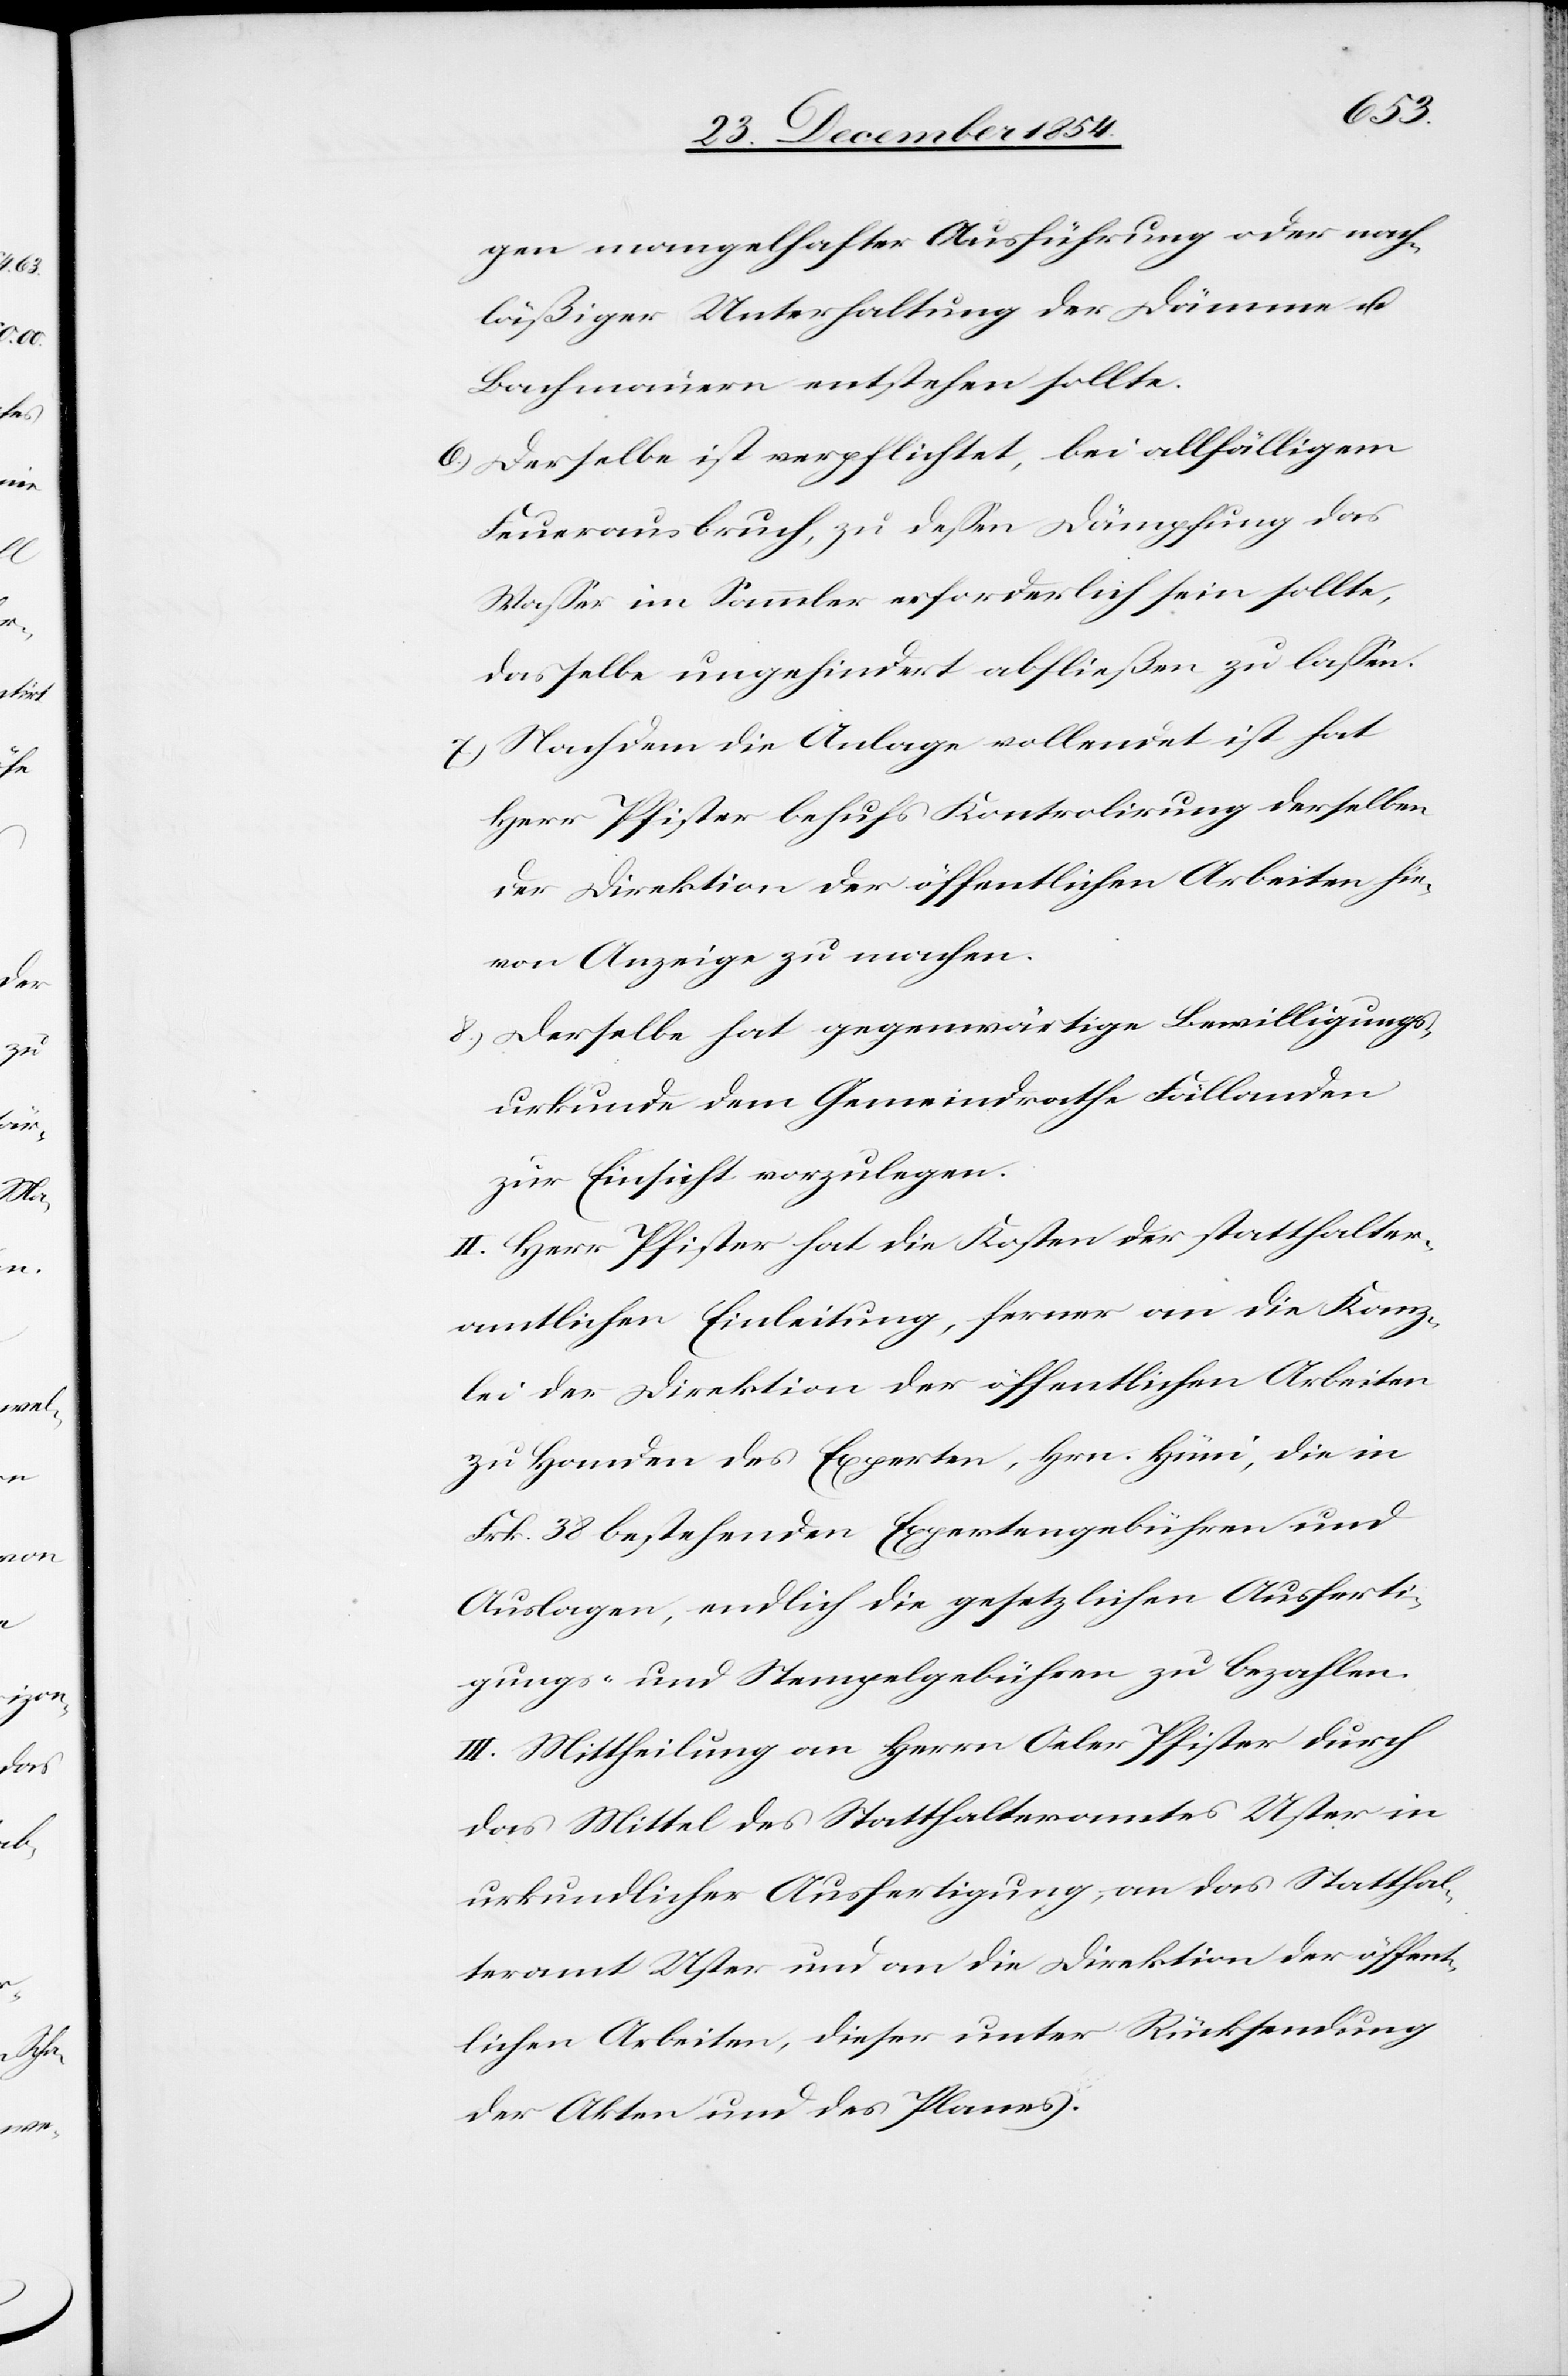
das

gen mangelhafter Ausführung oder nach¬
läßiger Unterhaltung der Dämme u.
Bachmauern entstehen sollte.
6.) Derselbe ist verpflichtet, zu deßen Dämpfung
Waßer im Sammler erforderlich sein sollte,
dasselbe ungehindert abfließen zu laßen.
7.) Nachdem die Anlage vollendet ist hat
Herr Pfister behufs Kontrolirung derselben
der Direktion der öffentlichen Arbeiten hie¬
von Anzeige zu machen.
8.) Derselbe hat gegenwärtige Bewilligungs¬
urkunde dem Gemeindrathe Fällanden
zur Einsicht vorzulegen.
II. Herr Pfister hat die Kosten der statthalter¬
amtlichen Einleitung, ferner an die Kanz¬
lei der Direktion der öffentlichen Arbeiten
zu Handen des Experten, Hrn. Hüni, die in
Frk. 38 bestehenden Expertengebühren und
Auslagen, endlich die gesetzlichen Ausferti¬
gungs- und Stempelgebühren zu bezahlen.
III. Mittheilung an Herrn Oeler Pfister durch
das Mittel des Statthalteramtes Uster in
urkundlicher Ausfertigung, an das Statthal¬
teramt Uster und an die Direktion der öffent¬
lichen Arbeiten, dieser unter Rücksendung
der Akten und des Planes.